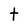
Character: t